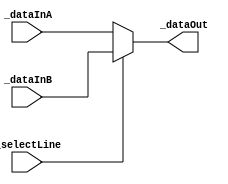
`timescale 1ns / 1ps
//////////////////////////////////////////////////////////////////////////////////
// Company: 
// 
// Design Name: 
// Module Name: DataSelector_nBit
// Project Name: 
// Target Devices: 
// Tool Versions: 
// Description: 
// 
// Dependencies: 
// 
// Revision:
// Revision 0.01 - File Created
// Additional Comments:
// 
//////////////////////////////////////////////////////////////////////////////////


module DataSelector_nBit(
//define inputs
input [15:0] _dataInA, _dataInB,
input _selectLine,

//define outputs
output [15:0] _dataOut
    );

assign _dataOut = (_selectLine == 1'b0) ? _dataInA:_dataInB;
   
endmodule